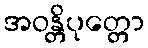
အဝန္တိပုတ္တော